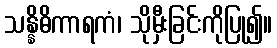
သန္နိဓိကာရကံ၊ သိုမှီးခြင်းကိုပြု၍။